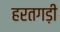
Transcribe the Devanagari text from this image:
हरतगड़ी